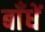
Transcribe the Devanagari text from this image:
बाँधें